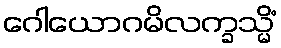
ဂေါယောဂမိလက္ခသ္မိံ